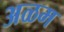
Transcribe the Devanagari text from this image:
अळम